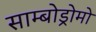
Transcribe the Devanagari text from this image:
साम्बोड्रोमो